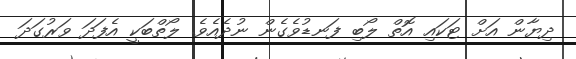
ދިޔާން އަށް ޓަކައި އޮތް ލޯބި ފަނޑުވެގެން ނުދެއެވެ. ލޯތްބަކީ އެފަދަ ވަރުގަދަ